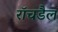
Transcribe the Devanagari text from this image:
रॉचडैल